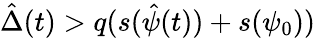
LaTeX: \hat{\Delta}(t)>q(s(\hat{\psi}(t))+s(\psi_{0}))